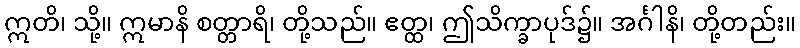
ဣတိ၊ သို့။ ဣမာနိ စတ္တာရိ၊ တို့သည်။ ဧတ္ထ၊ ဤသိက္ခာပုဒ်၌။ အင်္ဂါနိ၊ တို့တည်း။